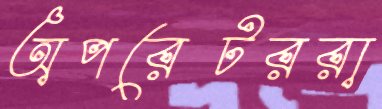
অপরেটররা